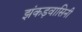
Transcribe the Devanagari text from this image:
झंकड़वासिनी